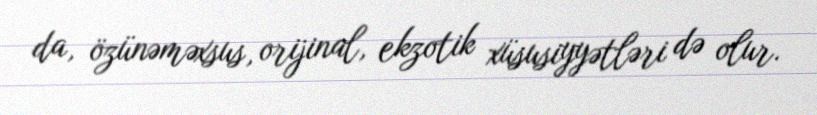
da, özünəməxsus, orijinal, ekzotik xüsusiyyətləri də olur.